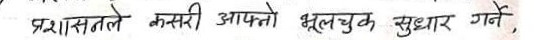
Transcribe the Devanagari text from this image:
प्रशासनले कसरी आफ्नो भूलचुक सुधार गरे,